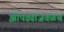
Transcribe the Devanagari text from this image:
झोपड्यांजवळच